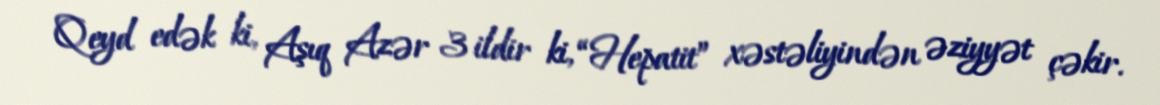
Qeyd edək ki, Aşıq Azər 3 ildir ki, “Hepatit” xəstəliyindən əziyyət çəkir.